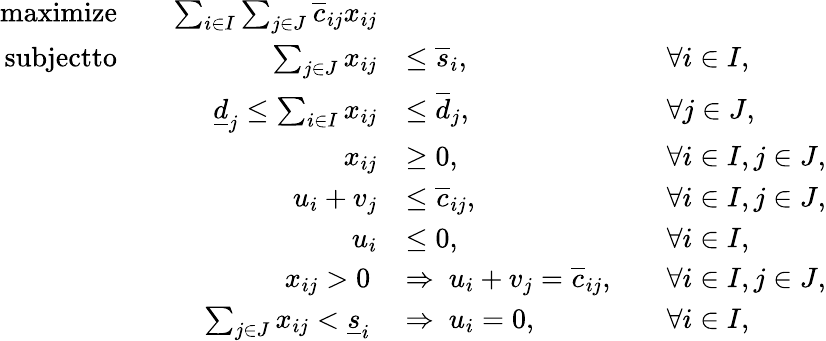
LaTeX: \begin{array}{rlrlrl}{\textnormal{maximize}}&{}&{\sum_{i\in I}\sum_{j\in J}\overline{{c}}_{ij}x_{ij}}\\ {\textnormal{subjectto}}&{}&{\sum_{j\in J}x_{ij}}&{\le\overline{{s}}_{i},}&&{\forall i\in I,}\\ &{}&{\underline{{d}}_{j}\le\sum_{i\in I}x_{ij}}&{\le\overline{{d}}_{j},}&&{\forall j\in J,}\\ &{}&{x_{ij}}&{\ge 0,}&&{\forall i\in I,j\in J,}\\ &{}&{u_{i}+v_{j}}&{\le\overline{{c}}_{ij},}&&{\forall i\in I,j\in J,}\\ &{}&{u_{i}}&{\le 0,}&&{\forall i\in I,}\\ &{}&{x_{ij}>0\ }&{\Rightarrow\ u_{i}+v_{j}=\overline{{c}}_{ij},}&&{\forall i\in I,j\in J,}\\ &{}&{\sum_{j\in J}x_{ij}<\underline{{s}}_{i}\ }&{\Rightarrow\ u_{i}=0,}&&{\forall i\in I,}\end{array}